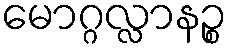
မောဂ္ဂလ္လာနဉ္စ